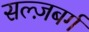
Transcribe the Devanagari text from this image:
सल्ज़बर्ग